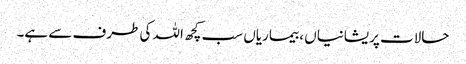
حالات پریشانیاں ، بیماریاں سب کچھ اللہ کی طرف سے ہے۔